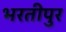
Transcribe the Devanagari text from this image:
भरतीपुर